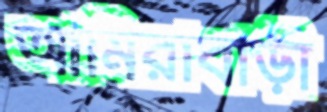
আমিরাবাড়ী